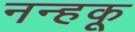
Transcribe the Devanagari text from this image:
नन्हकू